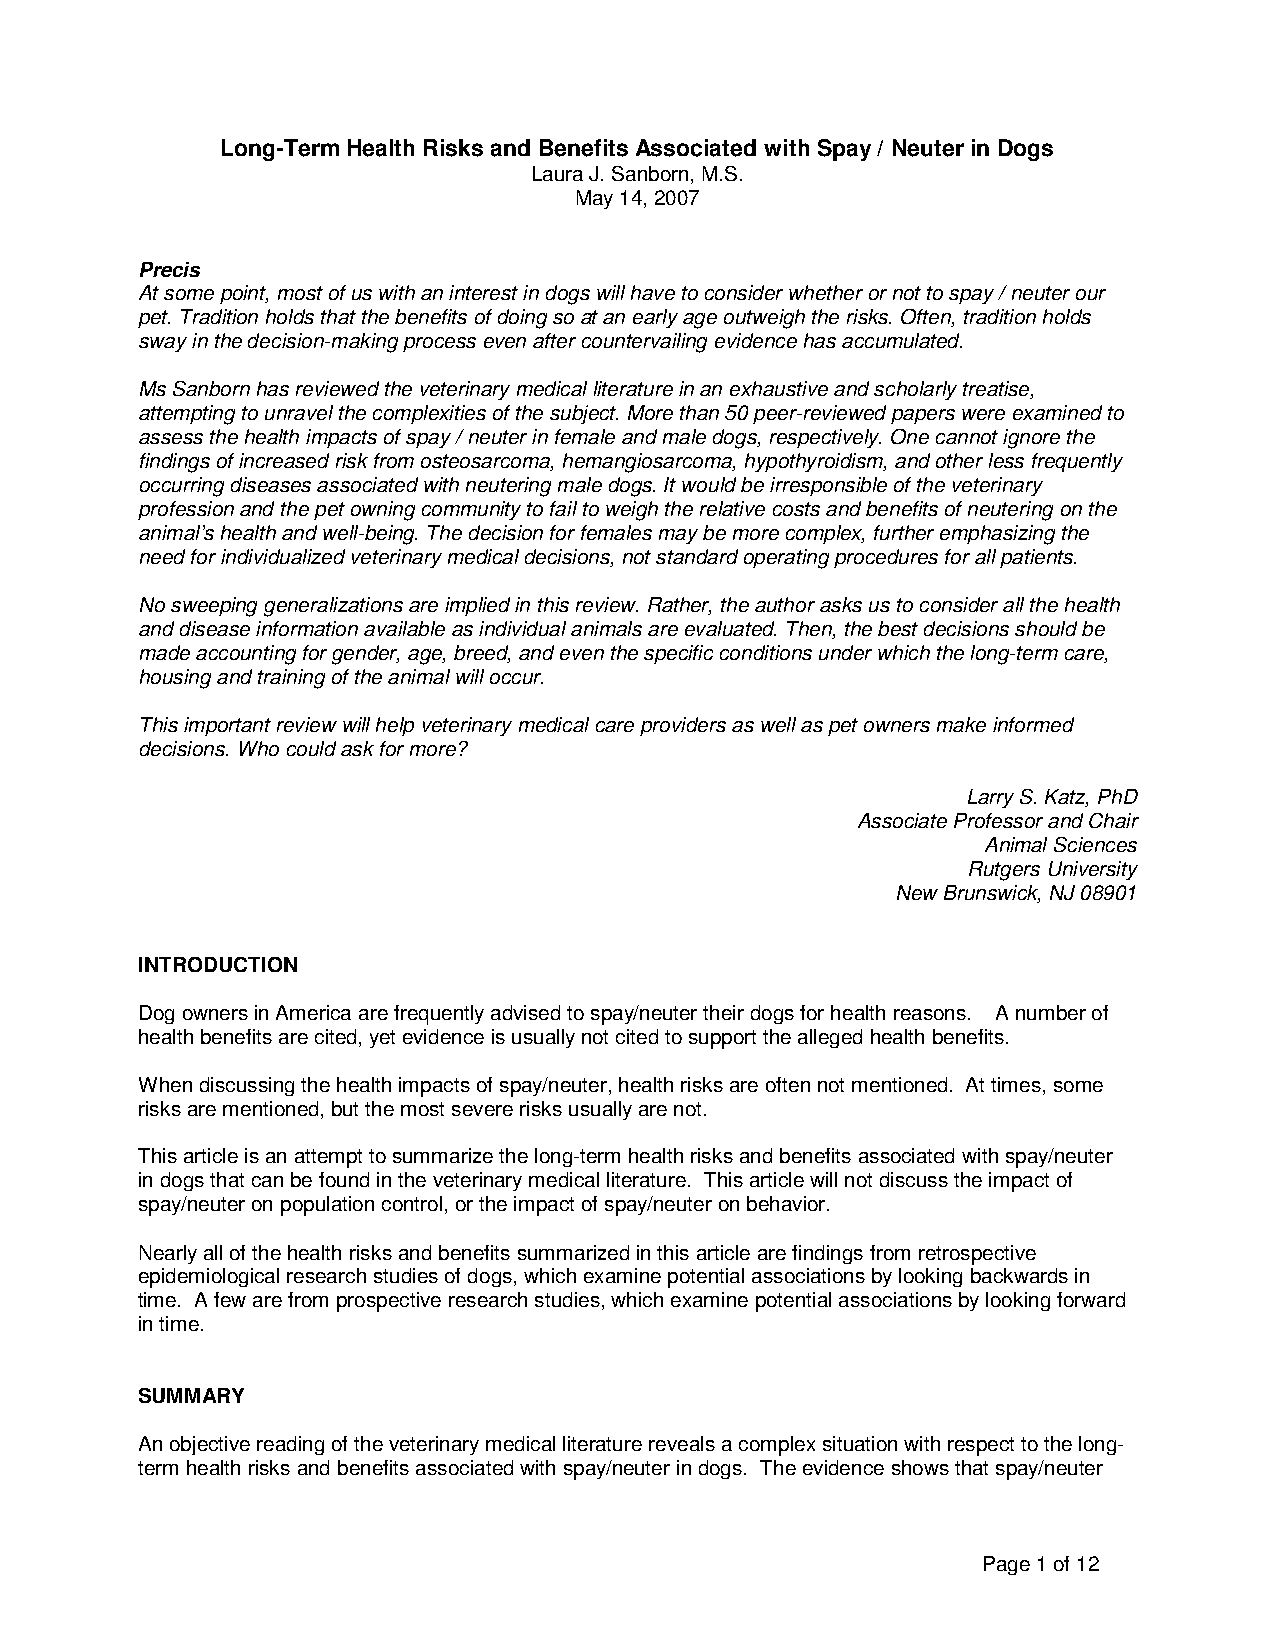
Long-Term Health Risks and Benefits Associated with Spay / Neuter in Dogs
 Laura J. Sanborn, M.S.
 May 14, 2007
 Precis
 At some point, most of us with an interest in dogs will have to consider whether or not to spay / neuter our
 pet. Tradition holds that the benefits of doing so at an early age outweigh the risks. Often, tradition holds
 sway in the decision-making process even after countervailing evidence has accumulated.
 Ms Sanborn has reviewed the veterinary medical literature in an exhaustive and scholarly treatise,
 attempting to unravel the complexities of the subject. More than 50 peer-reviewed papers were examined to
 assess the health impacts of spay / neuter in female and male dogs, respectively. One cannot ignore the
 findings of increased risk from osteosarcoma, hemangiosarcoma, hypothyroidism, and other less frequently
 occurring diseases associated with neutering male dogs. It would be irresponsible of the veterinary
 profession and the pet owning community to fail to weigh the relative costs and benefits of neutering on the
 animal’s health and well-being. The decision for females may be more complex, further emphasizing the
 need for individualized veterinary medical decisions, not standard operating procedures for all patients.
 No sweeping generalizations are implied in this review. Rather, the author asks us to consider all the health
 and disease information available as individual animals are evaluated. Then, the best decisions should be
 made accounting for gender, age, breed, and even the specific conditions under which the long-term care,
 housing and training of the animal will occur.
 This important review will help veterinary medical care providers as well as pet owners make informed
 decisions. Who could ask for more?
 Larry S. Katz, PhD
 Associate Professor and Chair
 Animal Sciences
 Rutgers University
 New Brunswick, NJ 08901
 INTRODUCTION
 Dog owners in America are frequently advised to spay/neuter their dogs for health reasons. A number of
 health benefits are cited, yet evidence is usually not cited to support the alleged health benefits.
 When discussing the health impacts of spay/neuter, health risks are often not mentioned. At times, some
 risks are mentioned, but the most severe risks usually are not.
 This article is an attempt to summarize the long-term health risks and benefits associated with spay/neuter
 in dogs that can be found in the veterinary medical literature. This article will not discuss the impact of
 spay/neuter on population control, or the impact of spay/neuter on behavior.
 Nearly all of the health risks and benefits summarized in this article are findings from retrospective
 epidemiological research studies of dogs, which examine potential associations by looking backwards in
 time. A few are from prospective research studies, which examine potential associations by looking forward
 in time.
 SUMMARY
 An objective reading of the veterinary medical literature reveals a complex situation with respect to the long-
 term health risks and benefits associated with spay/neuter in dogs. The evidence shows that spay/neuter
 Page 1 of 12